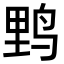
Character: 𮭧